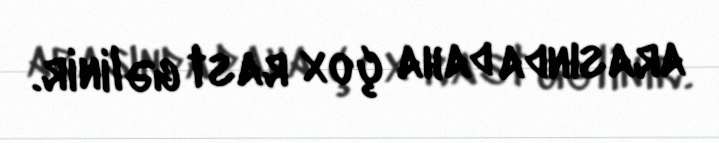
arasında daha çox rast gəlinir.